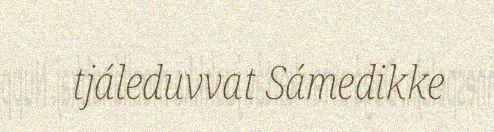
tjáleduvvat Sámedikke